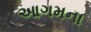
આગમના